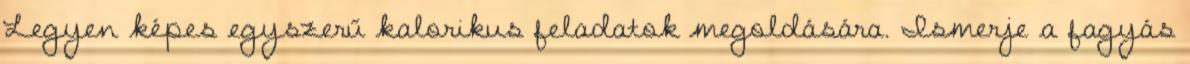
Legyen képes egyszerű kalorikus feladatok megoldására. Ismerje a fagyás